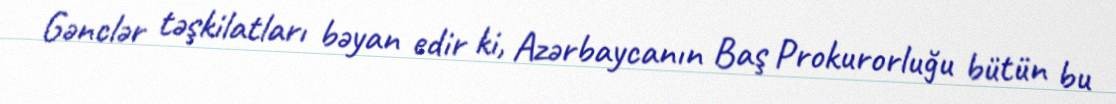
Gənclər təşkilatları bəyan edir ki, Azərbaycanın Baş Prokurorluğu bütün bu